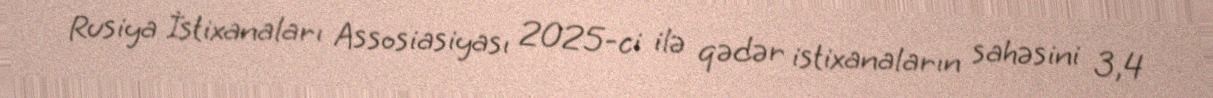
Rusiya İstixanaları Assosiasiyası 2025-ci ilə qədər istixanaların sahəsini 3,4